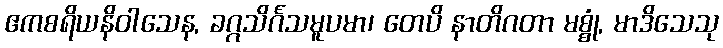
ဧကစရိယနိဝါသေန, ခဂ္ဂသိင်္ဂသမူပမာ၊ တေပိ နာတိဂတာ မစ္စုံ, မာဒိသေသု